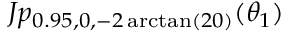
J p _ { 0 . 9 5 , 0 , - 2 \arctan ( 2 0 ) } ( \theta _ { 1 } )